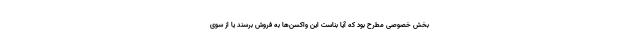
بخش خصوصی مطرح بود که آیا بناست این واکسن‌ها به فروش برسند یا از سوی